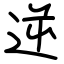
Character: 逆